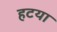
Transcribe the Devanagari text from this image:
हटया